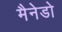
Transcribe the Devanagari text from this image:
मैनेडो